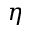
\eta